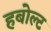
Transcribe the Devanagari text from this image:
हबोल्ट